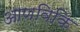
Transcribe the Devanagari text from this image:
आणविकि